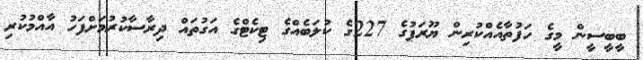
ބީބީސީން މީގެ ހަފުތާއެއްކުރިން ޔޫރަޕުގެ 227ގެ ކުލަބެއްގެ ޓިކެޓްގެ އަގުތައް ދިރާސާކުރުމަށްފަހު އާއްމުކުރި